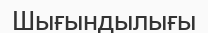
Шығындылығы